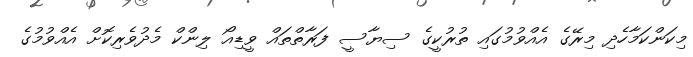
މިކަންކަމާހެދި މިރޭގެ އެއްވުމުގައި ތުރުކީގެ ސިޔާސީ ފަރާތްތައް ވީޑިއޯ ލިންކް މެދުވެރިކޮށް އެއްވުމުގެ